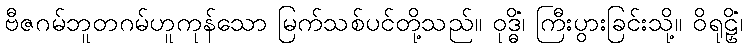
ဗီဇဂမ်ဘူတဂမ်ဟူကုန်သော မြက်သစ်ပင်တို့သည်။ ဝုဒ္ဓိံ၊ ကြီးပွားခြင်းသို့။ ဝိရုဠှိံ၊